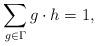
LaTeX: \begin{align*}\sum_{g \in \Gamma} g\cdot h =1,\end{align*}